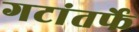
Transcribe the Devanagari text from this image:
गटांतर्फे